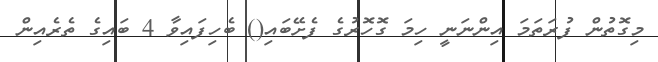
މިގޮތުން ފުރަތަމަ އިންނަނީ ހިމަ ގޮހޮރުގެ ފެށޭބައި() ބެހިފައިވާ 4 ބައިގެ ތެރެއިން